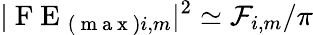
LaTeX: |\mathrm{~F~E~}_{(\mathrm{~m~a~x~})i,m}|^{2}\simeq\mathcal{F}_{i,m}/\pi